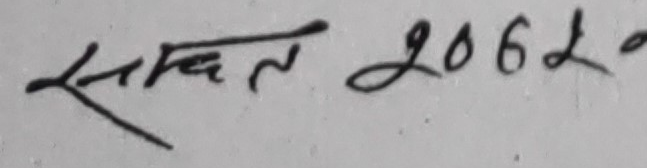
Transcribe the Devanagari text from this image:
सम्वत २०६२